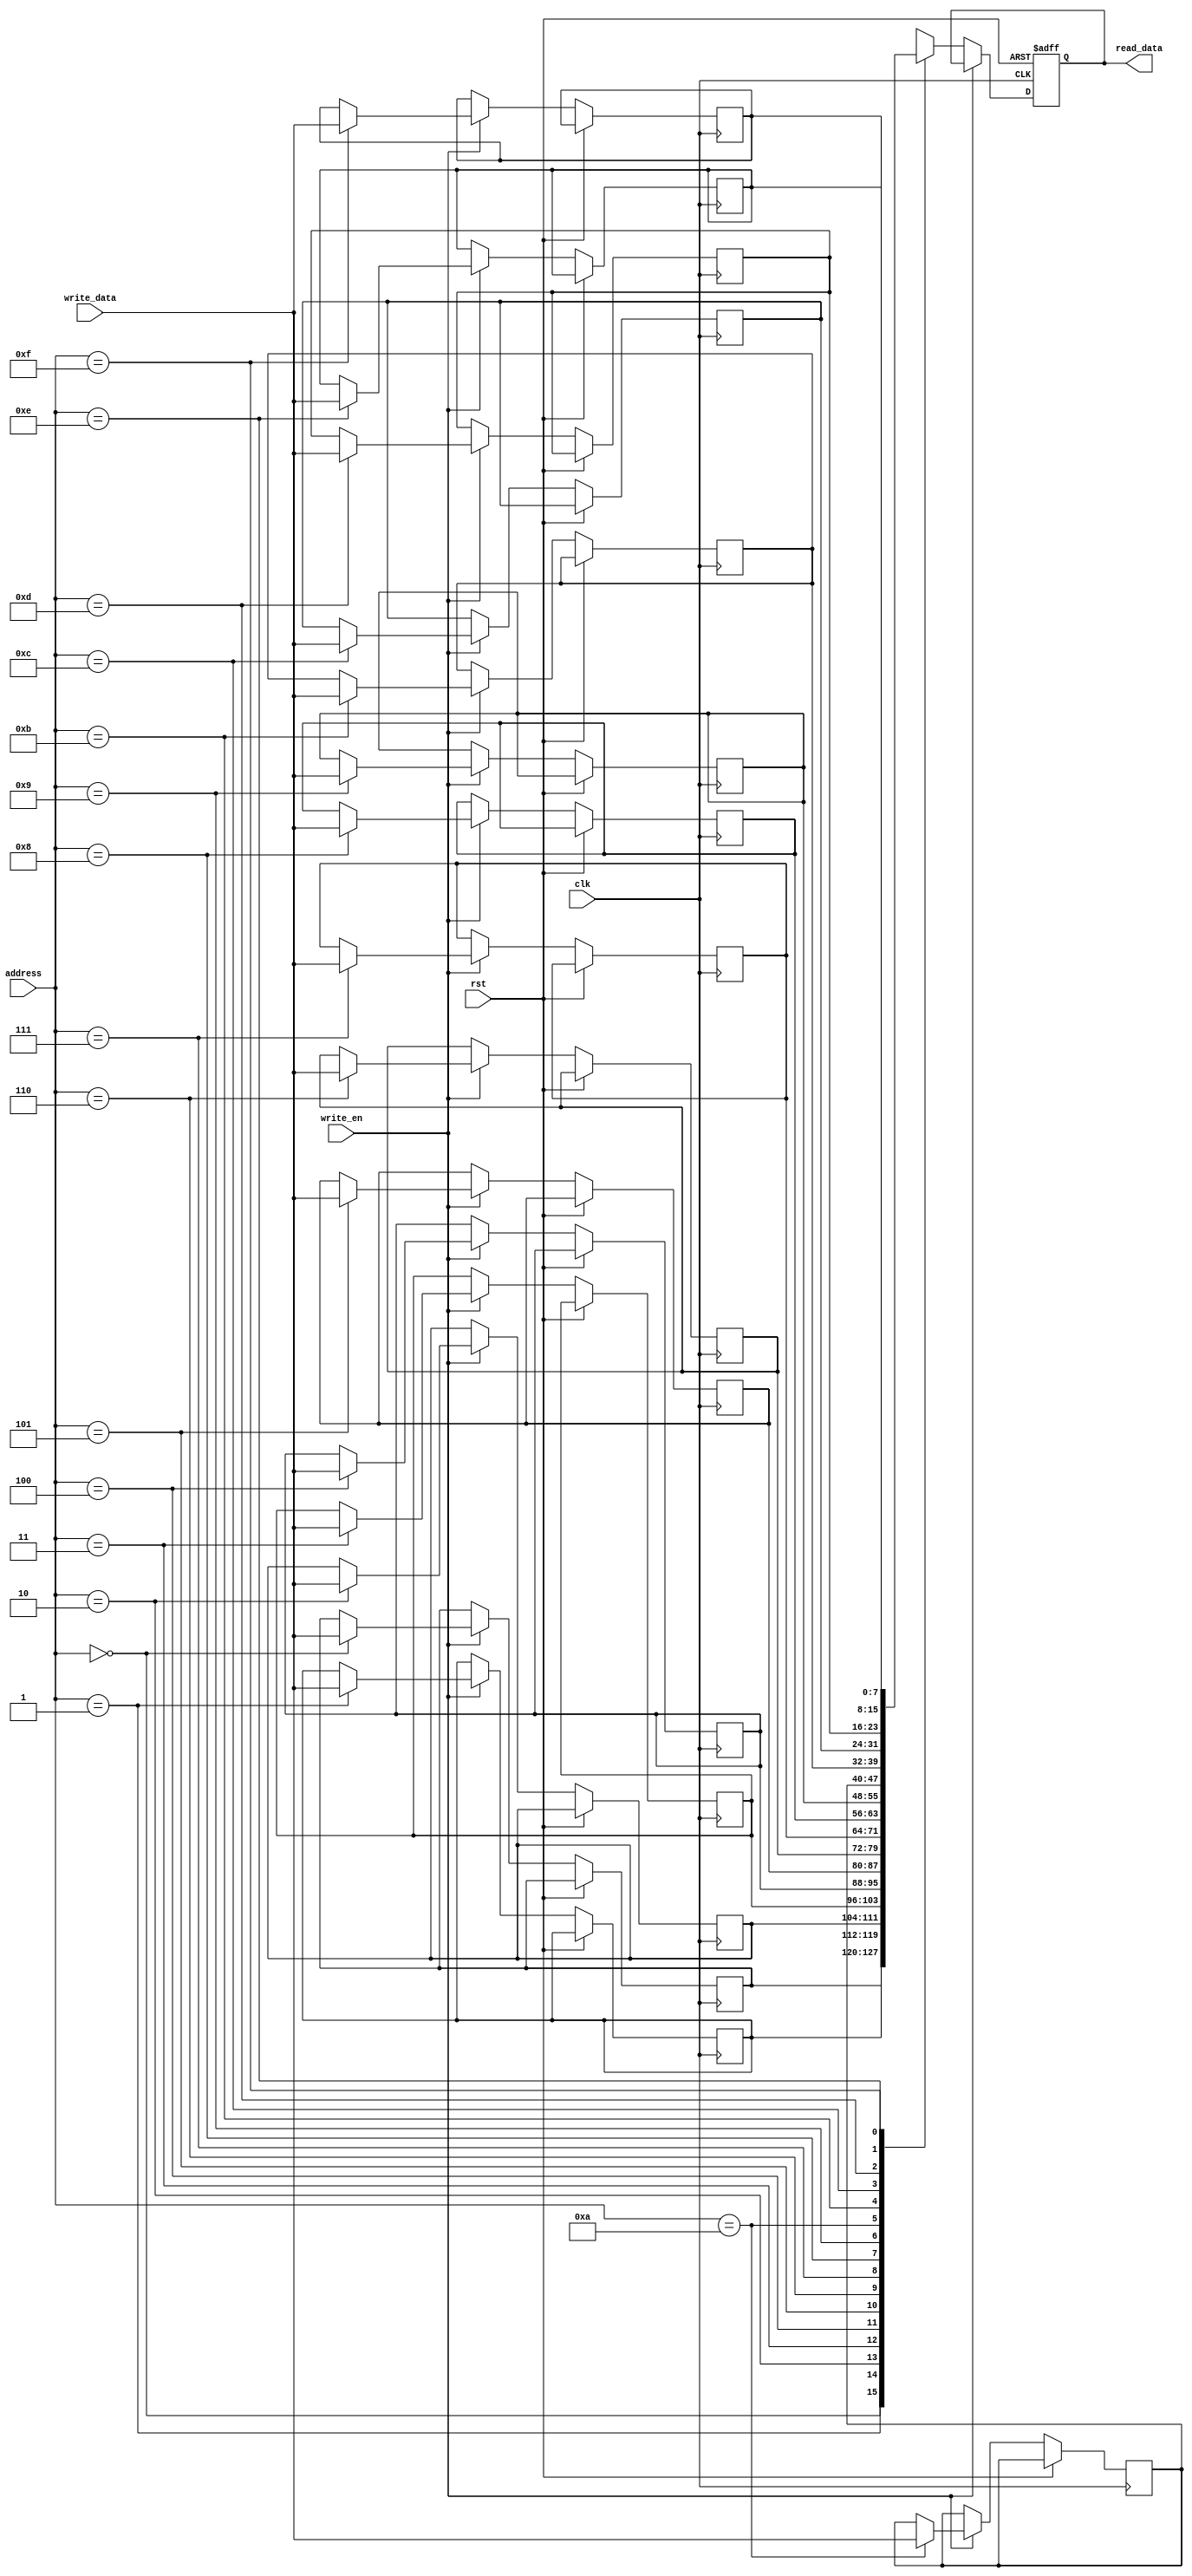
module MRAM(
    input wire clk,
    input wire rst,
    input wire write_en,
    input wire [7:0] write_data,
    input wire [3:0] address,
    output reg [7:0] read_data
);

reg [7:0] memory[15:0];

always @(posedge clk or posedge rst) begin
    if(rst) begin
        read_data <= 8'b0;
    end else if(write_en) begin
        memory[address] <= write_data;
    end else begin
        read_data <= memory[address];
    end
end

endmodule